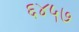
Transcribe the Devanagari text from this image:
६४५७